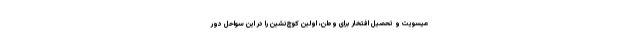
عیسویت و تحصیل افتخار برای وطن، اولین کوچ‌نشین را در این سواحل دور